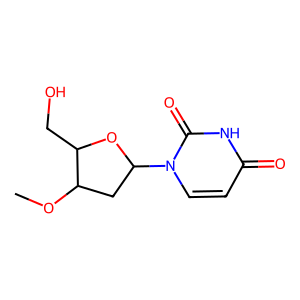
SMILES: COC1CC(n2ccc(=O)[nH]c2=O)OC1CO
Inhibits HIV replication: No